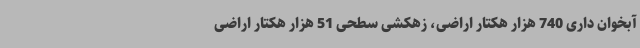
آبخوان داری 740 هزار هکتار اراضی، زهکشی سطحی 51 هزار هکتار اراضی